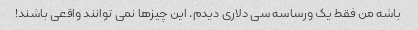
باشه من فقط یک ورساسه سی دلاری دیدم. این چیزها نمی توانند واقعی باشند!